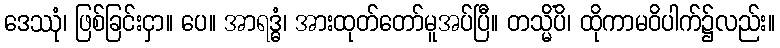
ဒေဿုံ၊ ဖြစ်ခြင်းငှာ။ ပေ။ အာရဒ္ဓံ၊ အားထုတ်တော်မူအပ်ပြီ။ တသ္မိံပိ၊ ထိုကာမဝိပါက်၌လည်း။